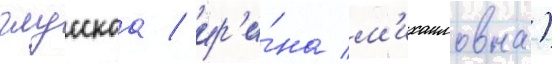
глусскаа / ир'и́на м'ихаиловна)